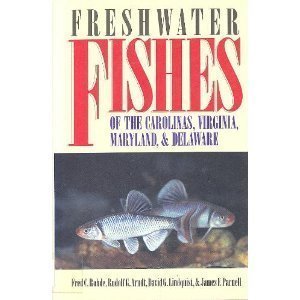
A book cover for Freshwater Fishes of the Carolinas, Virginia, Maryland, and Delaware; Fred C. Rohde; Sports & Outdoors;